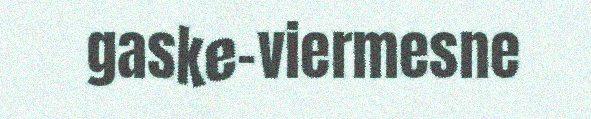
gaske-viermesne